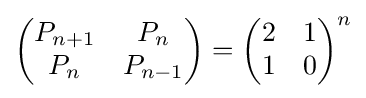
{\begin{pmatrix}P_{n+1}&P_{n}\\P_{n}&P_{n-1}\end{pmatrix}}={\begin{pmatrix}2&1\\1&0\end{pmatrix}}^{n}